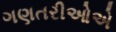
ગણતરીઓએ